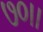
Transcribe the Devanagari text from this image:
७०।।